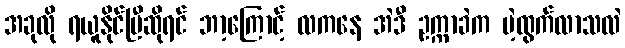
အခုလို ရယူနိုင်ပြီဆိုရင် ဘာ့ကြောင့် လကနေ အဲဒီ ဥက္ကာခဲက ပဲ့ထွက်လာသလဲ